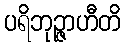
ပရိဘုဉ္ဇာဟီတိ